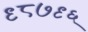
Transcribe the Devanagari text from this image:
९८७९६